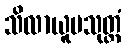
သိလာယူပသုတ္တံ